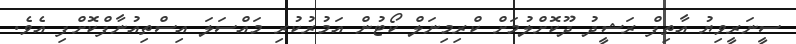
ސީނަރީވިޔު އާތިފް ރަޝީދު ދޫކޮށްލުމަށް ކްރިމިނަލް ކޯޓުން އަމުރުކުރި މައްސަލަ އިސްތިއުނާފްކޮށްފި އެވެ.